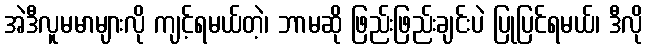
အဲဒီလူမမာများလို ကျင့်ရမယ်တဲ့၊ ဘာမဆို ဖြည်းဖြည်းချင်းပဲ ပြုပြင်ရမယ်၊ ဒီလို